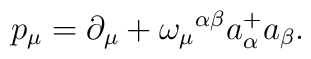
p_\mu = \partial_\mu + \omega_\mu{}^{\alpha \beta}a^+_\alpha a_\beta.